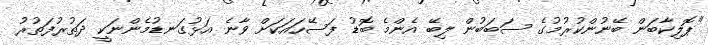
"ޕޮލިކާބަން ބޭނުންކުރުމުގެ ސަބަބުން ލިބޭ އެންމެ ބޮޑު ފަސޭހައަކަށް ވާނެ އަޅުގަނޑުމެންނަކީ ދަތުރުފަތުރު